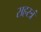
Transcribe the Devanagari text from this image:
सहस्त्रं